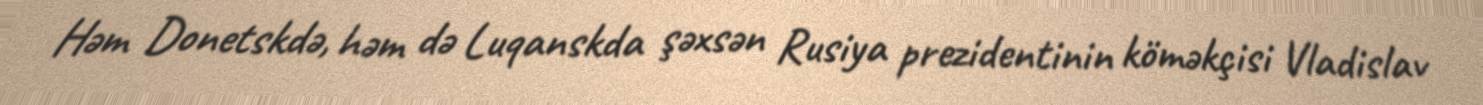
Həm Donetskdə, həm də Luqanskda şəxsən Rusiya prezidentinin köməkçisi Vladislav